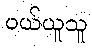
ဝယ်ယူသူ